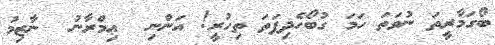
ބޯގަމާރީތަ ނުވަތަ ހަމަ ގުބޯހެދިފަތަ ތިހުރީ! އަންނި  ޢިމްރާނު  ނާޒިމު